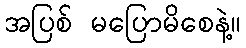
အပြစ် မပြောမိစေနဲ့။